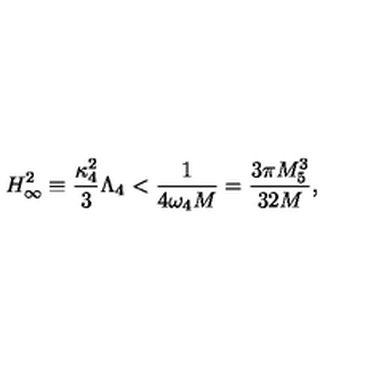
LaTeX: H _ { \infty } ^ { 2 } \equiv \frac { \kappa _ { 4 } ^ { 2 } } { 3 } \Lambda _ { 4 } < \frac { 1 } { 4 \omega _ { 4 } M } = \frac { 3 \pi M _ { 5 } ^ { 3 } } { 3 2 M } ,